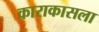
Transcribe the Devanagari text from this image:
काराकासला